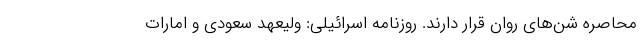
محاصره شن‌های روان قرار دارند. روزنامه اسرائیلی: ولیعهد سعودی و امارات